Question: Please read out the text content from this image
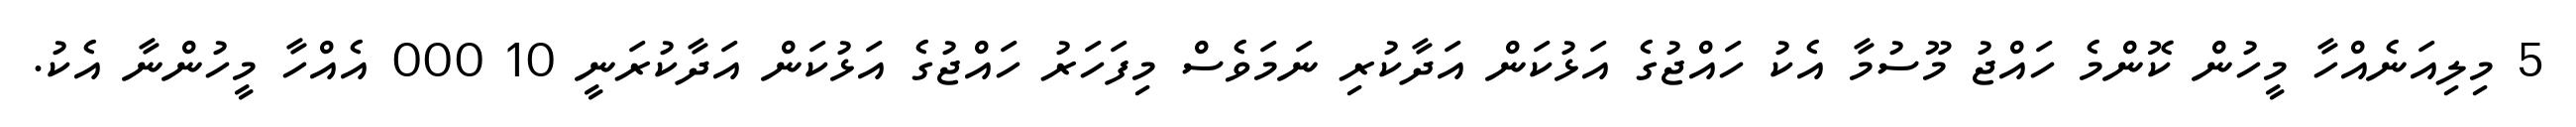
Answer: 5 މިލިއަނެއްހާ މީހުން ކޮންމެ ހައްޖު މޫސުމާ އެކު ހައްޖުގެ އަޅުކަން އަދާކުރި ނަމަވެސް މިފަހަރު ހައްޖުގެ އަޅުކަން އަދާކުރަނީ 10 000 އެއްހާ މީހުންނާ އެކު.